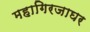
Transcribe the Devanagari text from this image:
महागिरजाघर